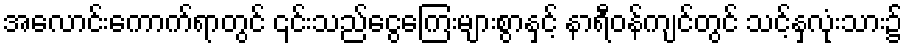
အလောင်းကောက်ရာတွင် ၎င်းသည်ငွေကြေးများစွာနှင့် နာရီဝန်ကျင်တွင် သင့်နှလုံးသား၌